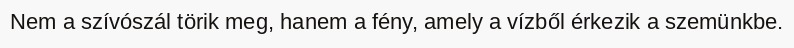
Nem a szívószál törik meg, hanem a fény, amely a vízből érkezik a szemünkbe.